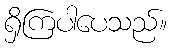
ရှိကြပါပေသည်။